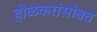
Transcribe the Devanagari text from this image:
होळकरांसोबत